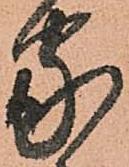
家